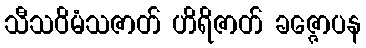
သီသဝိမံသဇာတ် ဟိရိဇာတ် ခဇ္ဇောပန